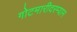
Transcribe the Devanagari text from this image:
गोटमारीदरम्यान